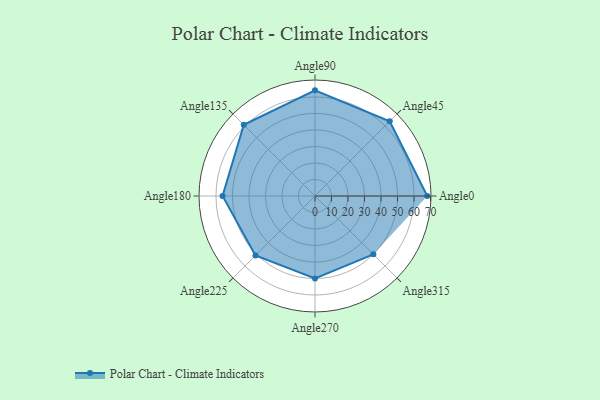
{"axis": {"x": "Angle", "y": "Radius"}, "legend": [""], "data": [{"x": "Angle0", "y": 68.0, "type": ""}, {"x": "Angle45", "y": 64.0, "type": ""}, {"x": "Angle90", "y": 64.0, "type": ""}, {"x": "Angle135", "y": 61.0, "type": ""}, {"x": "Angle180", "y": 56.0, "type": ""}, {"x": "Angle225", "y": 51.0, "type": ""}, {"x": "Angle270", "y": 50, "type": ""}, {"x": "Angle315", "y": 50, "type": ""}]}